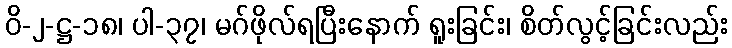
ဝိ-၂-ဋ္ဌ-၁၈၊ ပါ-၃၇၊ မဂ်ဖိုလ်ရပြီးနောက် ရူးခြင်း၊ စိတ်လွင့်ခြင်းလည်း